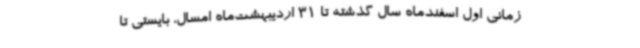
زمانی اول اسفندماه سال گذشته تا 31 اردیبهشت‌ماه امسال، بایستی تا